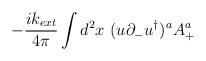
LaTeX: \begin{align*}-{i k_{ext}\over 4\pi}\int d^2 x \ (u\partial_ - u^\dagger)^a A_+^a\end{align*}